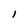
Character: l